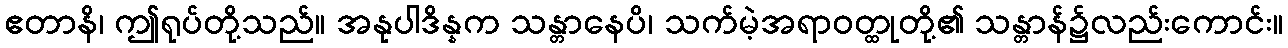
ဧတာနိ၊ ဤရုပ်တို့သည်။ အနုပါဒိန္နက သန္တာနေပိ၊ သက်မဲ့အရာဝတ္ထုတို့၏ သန္တာန်၌လည်းကောင်း။